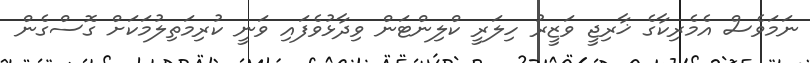
ނަމަވެސް އެމެރިކާގެ ޚާރިޖީ ވަޒީރު ހިލަރީ ކްލިންޓަން ވިދާޅުވެފައި ވަނީ ކުރިމަތިލުމަކަށް ގޮސްގެން